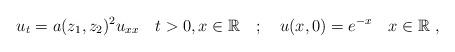
LaTeX: \begin{align*}u_t = a(z_1, z_2)^2u_{xx} \ \ \ t>0, x\in \mathbb{R} \ \ \ ;\ \ \ u(x,0) = e^{-x} \ \ \ x\in \mathbb{R} \;,\end{align*}